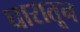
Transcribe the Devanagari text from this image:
घारातून